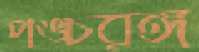
পঙ্চরঙ্গ